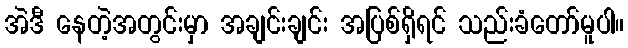
အဲဒီ နေတဲ့အတွင်းမှာ အချင်းချင်း အပြစ်ရှိရင် သည်းခံတော်မူပါ။